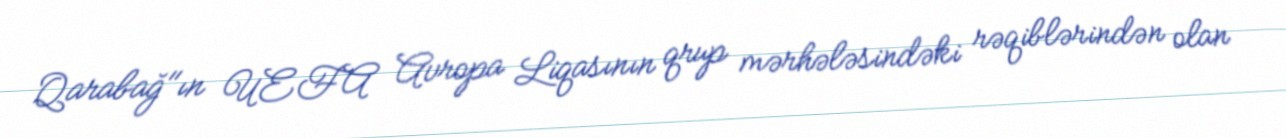
Qarabağ"ın UEFA Avropa Liqasının qrup mərhələsindəki rəqiblərindən olan